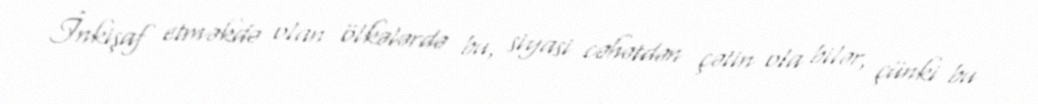
İnkişaf etməkdə olan ölkələrdə bu, siyasi cəhətdən çətin ola bilər, çünki bu